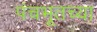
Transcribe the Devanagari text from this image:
पंचभूतच्या